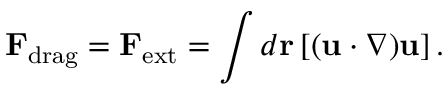
{ \bf F } _ { \mathrm { d r a g } } = { \bf F } _ { \mathrm { e x t } } = \int d { \bf r } \left[ ( { \bf u } \cdot \nabla ) { \bf u } \right] .